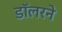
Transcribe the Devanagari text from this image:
डॉलरने